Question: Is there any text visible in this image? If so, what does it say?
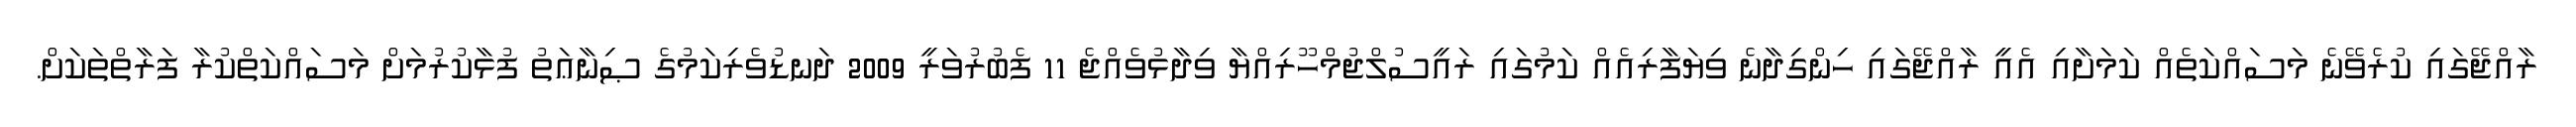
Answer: ރާއްޖޭގައި ކުރެވޭނެ މަސައްކަތެއް ކަމަށާއި އެއީ ރާއްޖޭގައި ހިންގިދާނެ ވިޔަފާރިއެއް ކަމުގައި ރައީސުލްޖުމްހޫރިއްޔާ ވިދާޅުވެއްޖެ 11 ފެބުރުވަރީ 2009 ދަނޑުވެރިކަމުގެ ޞިނާޢަތު ފުޅާކުރުމަށް މަސައްކަތްކުރާ ފަރާތްތަކަށް.